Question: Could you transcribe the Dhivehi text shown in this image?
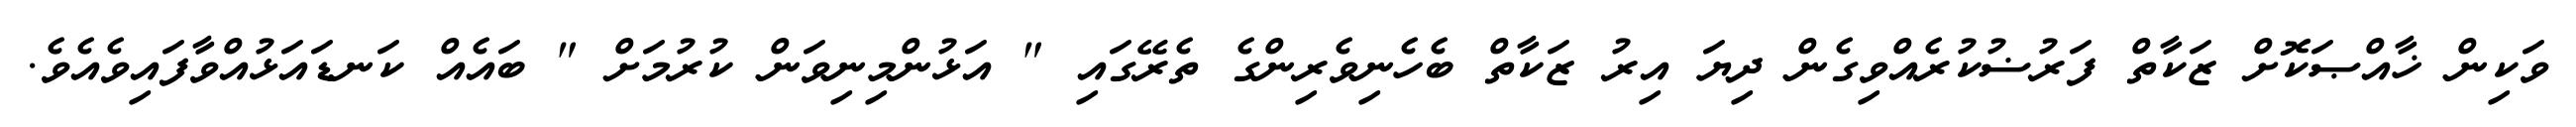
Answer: ވަކިން ޚާއްޞަކޮށް ޒަކާތް ފަރުޟުކުރެއްވިގެން ދިޔަ އިރު ޒަކާތް ބެހެނިވެރިންގެ ތެރޭގައި " އަޅުންމިނިވަން ކުރުމަށް " ބައެއް ކަނޑައަޅުއްވާފައިވެއެވެ.